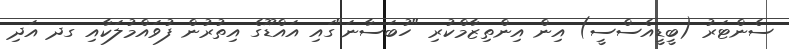
ސެންޓަރު (ބީޑީއެސްސީ) އިން އިންތިޒާމްކުރި "ހުބަސާނަ"ގައި އައްޑޫގެ އިތުރުން ފުވައްމުލަކާއި ގދ އަދި